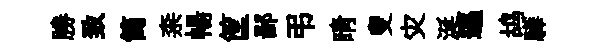
勝致筒柰暢筐鄙弔睛叟灾涎邁鸪驊